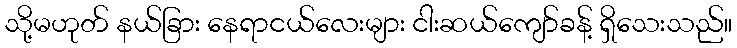
သို့မဟုတ် နယ်ခြား နေရာငယ်လေးများ ငါးဆယ်ကျော်ခန့် ရှိသေးသည်။